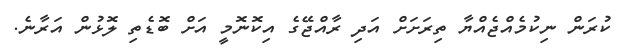
ކުރަން ނިކުމެއްޖެއްޔާ ތިރަށަށް އަދި ރާއްޖޭގެ އިކޮނޮމީ އަށް ބޮޑެތި ލޮޅުން އަރާނެ.